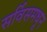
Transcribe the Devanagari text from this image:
सर्विसमधून